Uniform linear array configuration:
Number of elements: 8
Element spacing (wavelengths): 0.5
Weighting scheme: blackman
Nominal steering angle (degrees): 0
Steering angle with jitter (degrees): -1.982
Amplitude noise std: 0.05
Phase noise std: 0.05

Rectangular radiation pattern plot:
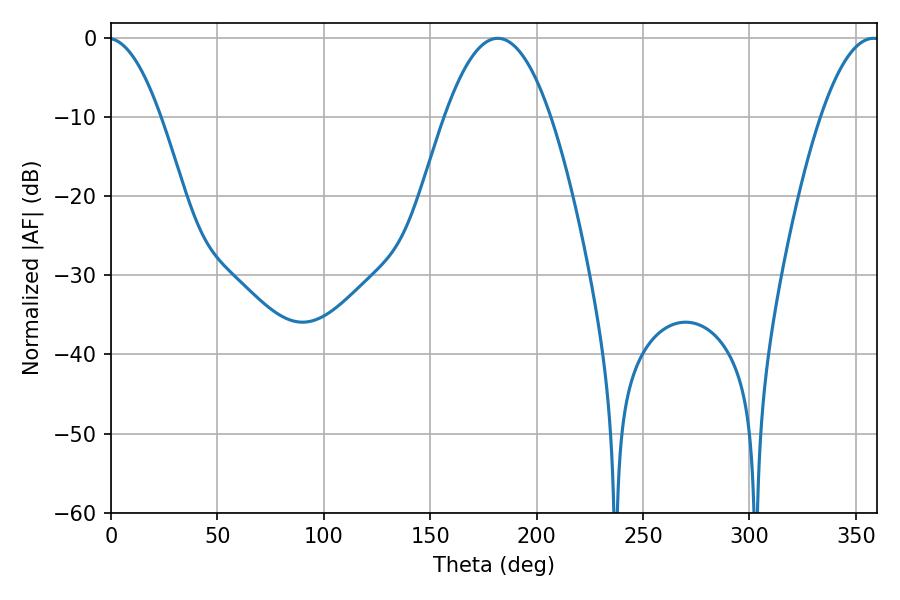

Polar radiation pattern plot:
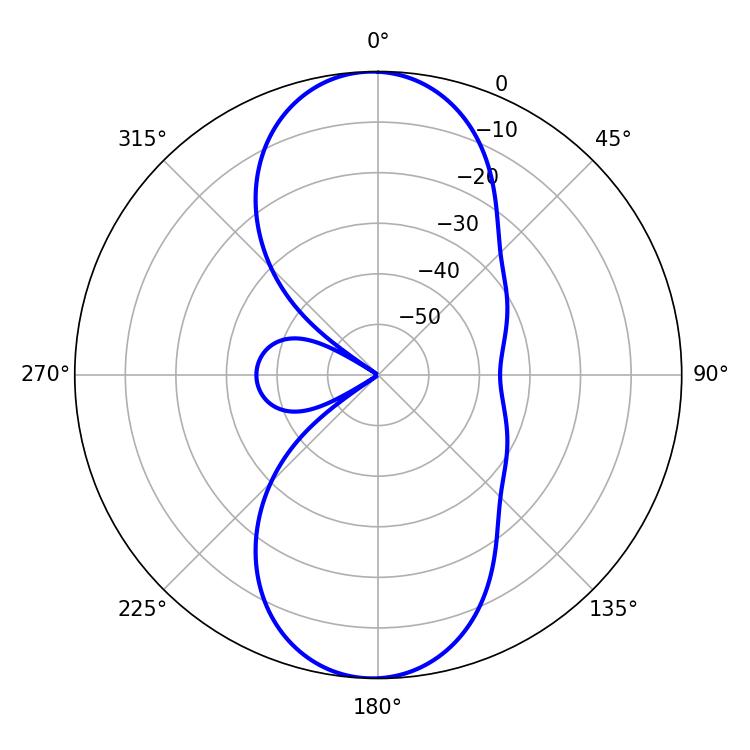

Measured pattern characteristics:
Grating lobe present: FALSE
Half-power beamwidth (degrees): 27.18
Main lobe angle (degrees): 181.8